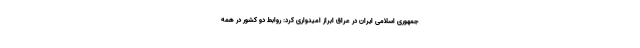
جمهوری اسلامی ایران در عراق ابراز امیدواری کرد: روابط دو کشور در همه